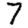
Digit: 7